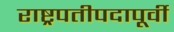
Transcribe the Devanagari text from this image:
राष्ट्रपतीपदापूर्वी